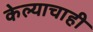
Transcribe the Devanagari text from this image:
केल्याचाही